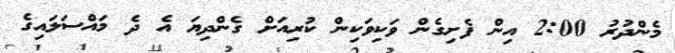
މެންދުރު 2:00 އިން ފެށިގެން ވަކިވަކިން ކުރިއަށް ގެންދިޔަ އެ ދެ މައްސަލައިގެ